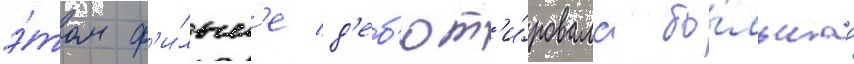
э́том ф'и́льм'е д'еб'ют'и́ровала бо́льшаа